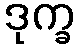
ဒုက္ခ